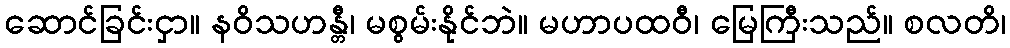
ဆောင်ခြင်းငှာ။ နဝိသဟန္တီ၊ မစွမ်းနိုင်ဘဲ။ မဟာပထဝီ၊ မြေကြီးသည်။ စလတိ၊